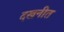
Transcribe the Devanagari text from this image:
दखनीत